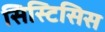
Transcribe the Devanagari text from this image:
सिस्टिसिस